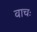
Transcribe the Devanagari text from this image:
वाचः